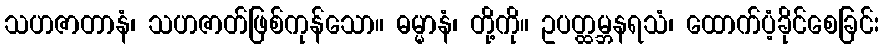
သဟဇာတာနံ၊ သဟဇာတ်ဖြစ်ကုန်သော။ ဓမ္မာနံ၊ တို့ကို။ ဥပတ္ထမ္ဘနရသံ၊ ထောက်ပံ့ခိုင်စေခြင်း